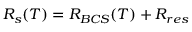
R _ { s } ( T ) = R _ { B C S } ( T ) + R _ { r e s }